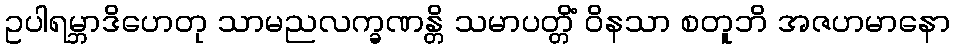
ဥပါရမ္ဘာဒိဟေတု သာမညလက္ခဏန္တိ သမာပတ္တိံ ဝိနသာ စတူဘိ အဇဟမာနော